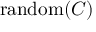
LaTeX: \operatorname { r a n d o m } ( C )